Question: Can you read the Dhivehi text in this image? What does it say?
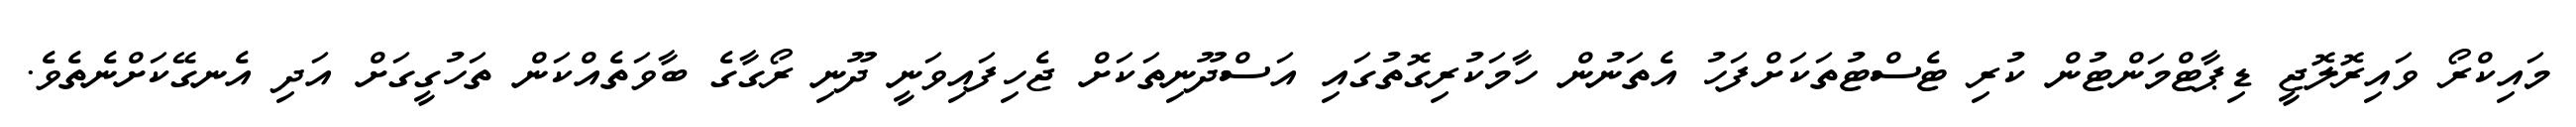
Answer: މައިކްރޯ ވައިރޮލޮޖީ ޑިޕާޓްމަންޓުން ކުރި ޓެސްޓުތަކަށްފަހު އެތަނުން ހާމަކުރިގޮތުގައި އަސްދޫނިތަކަށް ޖެހިފައިވަނީ ދޫނި ރޯގާގެ ބާވަތެއްކަން ތަހުގީގަށް އަދި އެނގޭކަށްނެތެވެ.